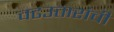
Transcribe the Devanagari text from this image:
चढउतारांची